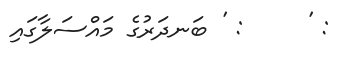
: '     : ' ބަނދަރުގެ މައްސަލާގައި